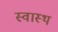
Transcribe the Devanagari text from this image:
स्‍वास्‍थ